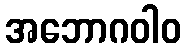
အဘောဂဝါဝ